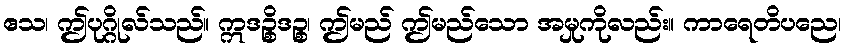
ဧသ၊ ဤပုဂ္ဂိုလ်သည်။ ဣဒဉ္စိဒဉ္စ၊ ဤမည် ဤမည်သော အမှုကိုလည်း။ ကာရေတိပညေ၊